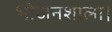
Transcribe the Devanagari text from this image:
भोजनशाला।